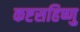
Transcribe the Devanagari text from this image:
कष्टसहिष्णु